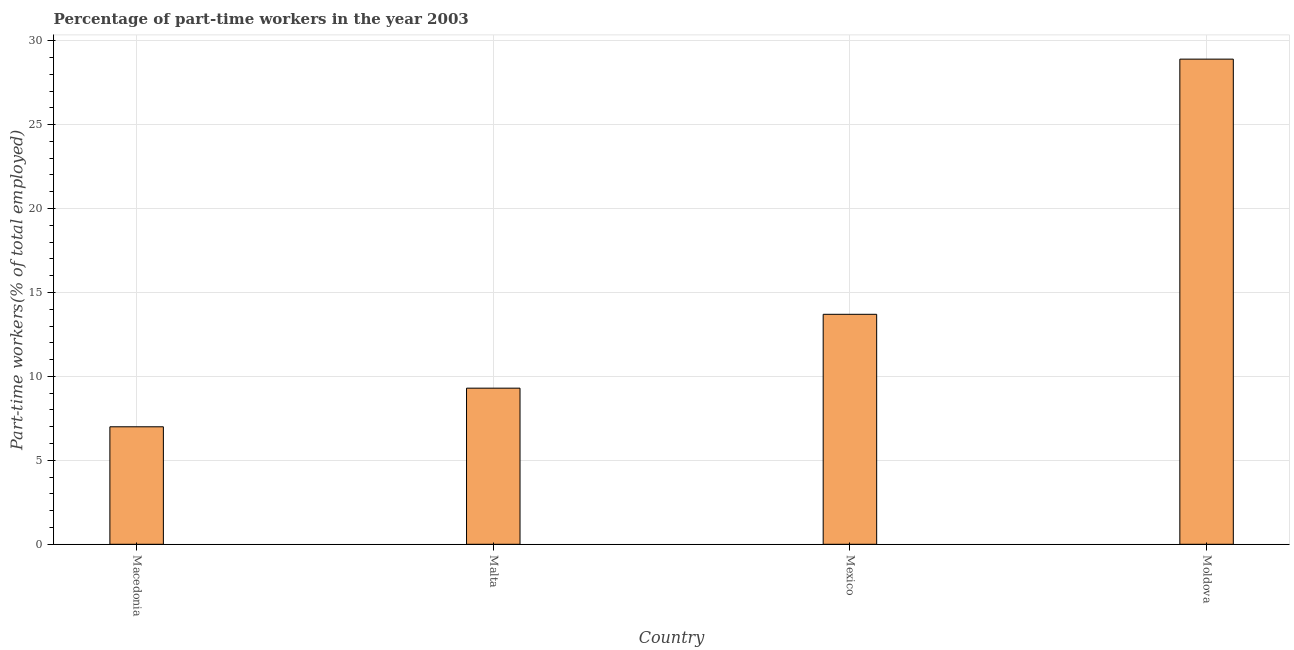
| Country | Part time employment |
 | --- | --- |
 | Macedonia | 7 |
 | Malta | 9.3 |
 | Mexico | 13.7 |
 | Moldova | 28.9 |